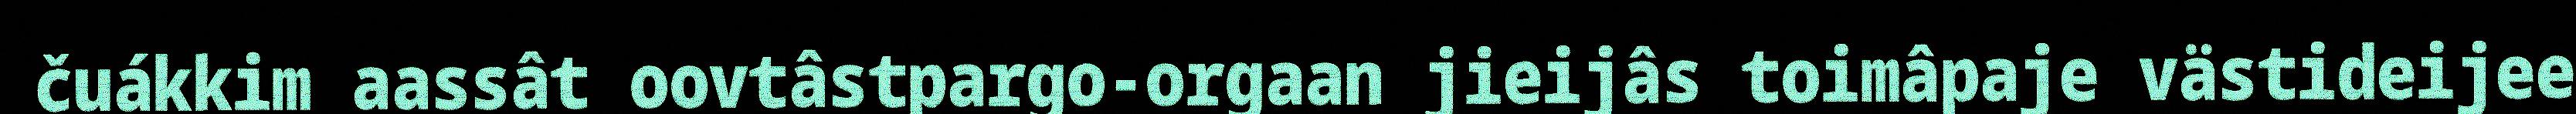
čuákkim aassât oovtâstpargo-orgaan jieijâs toimâpaje västideijee